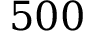
5 0 0